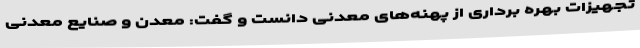
تجهیزات بهره برداری از پهنه‌های معدنی دانست و گفت: معدن و صنایع معدنی